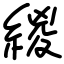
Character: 緵